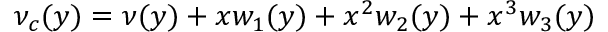
\nu _ { c } ( y ) = \nu ( y ) + x w _ { 1 } ( y ) + x ^ { 2 } w _ { 2 } ( y ) + x ^ { 3 } w _ { 3 } ( y )